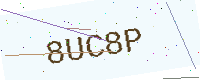
Text: 8UC8P